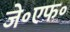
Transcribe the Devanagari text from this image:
जे॰एफ॰